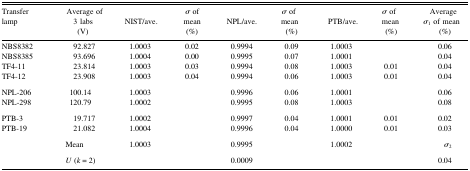
<table><thead><tr><td><b>Transfer lamp</b></td><td><b>Average of 3 labs (V)</b></td><td><b>NIST/ave.</b></td><td><b><i>σ</i> of mean (%)</b></td><td><b>NPL/ave.</b></td><td><b><i>σ</i> of mean (%)</b></td><td><b>PTB/ave.</b></td><td><b><i>σ</i> of mean (%)</b></td><td><b>Average <i>σ</i><sub>1</sub> of mean (%)</b></td></tr></thead><tbody><tr><td>NBS8382</td><td>92.827</td><td>1.0003</td><td>0.02</td><td>0.9994</td><td>0.09</td><td>1.0003</td><td></td><td>0.06</td></tr><tr><td>NBS8385</td><td>93.696</td><td>1.0004</td><td>0.00</td><td>0.9995</td><td>0.07</td><td>1.0001</td><td></td><td>0.04</td></tr><tr><td>TF4-11</td><td>23.814</td><td>1.0003</td><td>0.03</td><td>0.9994</td><td>0.08</td><td>1.0003</td><td>0.01</td><td>0.04</td></tr><tr><td>TF4-12</td><td>23.908</td><td>1.0003</td><td>0.04</td><td>0.9994</td><td>0.06</td><td>1.0003</td><td>0.01</td><td>0.04</td></tr><tr><td>NPL-206</td><td>100.14</td><td>1.0003</td><td></td><td>0.9996</td><td>0.06</td><td>1.0001</td><td></td><td>0.06</td></tr><tr><td>NPL-298</td><td>120.79</td><td>1.0002</td><td></td><td>0.9995</td><td>0.08</td><td>1.0003</td><td></td><td>0.08</td></tr><tr><td>PTB-3</td><td>19.717</td><td>1.0002</td><td></td><td>0.9997</td><td>0.04</td><td>1.0001</td><td>0.01</td><td>0.02</td></tr><tr><td>PTB-19</td><td>21.082</td><td>1.0004</td><td></td><td>0.9996</td><td>0.04</td><td>1.0000</td><td>0.01</td><td>0.03</td></tr><tr><td></td><td>Mean</td><td>1.0003</td><td></td><td>0.9995</td><td></td><td>1.0002</td><td></td><td><i>σ</i><sub>2</sub></td></tr><tr><td></td><td><i>U</i> (<i>k</i> = 2)</td><td></td><td></td><td>0.0009</td><td></td><td></td><td></td><td>0.04</td></tr></tbody></table>